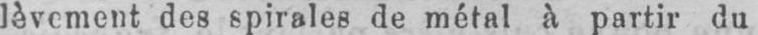
lèvement des spirales de métal à partir du